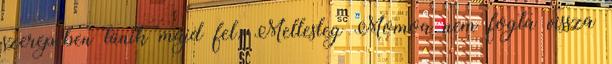
szerepében tűnik majd fel. Mellesleg Momoa nem fogta vissza